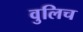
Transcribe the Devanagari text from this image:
वुलिच